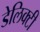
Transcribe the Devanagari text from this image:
डेलिक्टी